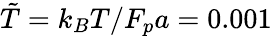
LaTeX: \tilde{T}=k_{B}T/F_{p}a=0.001